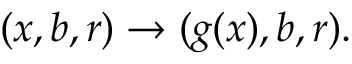
( x , b , r ) \rightarrow ( g ( x ) , b , r ) .